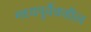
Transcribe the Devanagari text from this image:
मध्यपुर्वेकडील